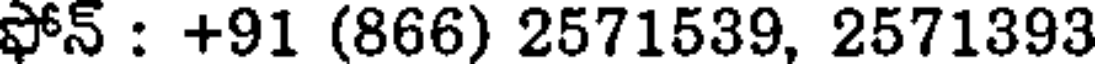
ఫోన్ : +91 (866) 2571539, 2571393